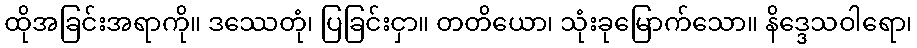
ထိုအခြင်းအရာကို။ ဒဿေတုံ၊ ပြခြင်းငှာ။ တတိယော၊ သုံးခုမြောက်သော။ နိဒ္ဒေသဝါရော၊